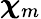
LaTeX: {\boldsymbol{\chi}}_{m}